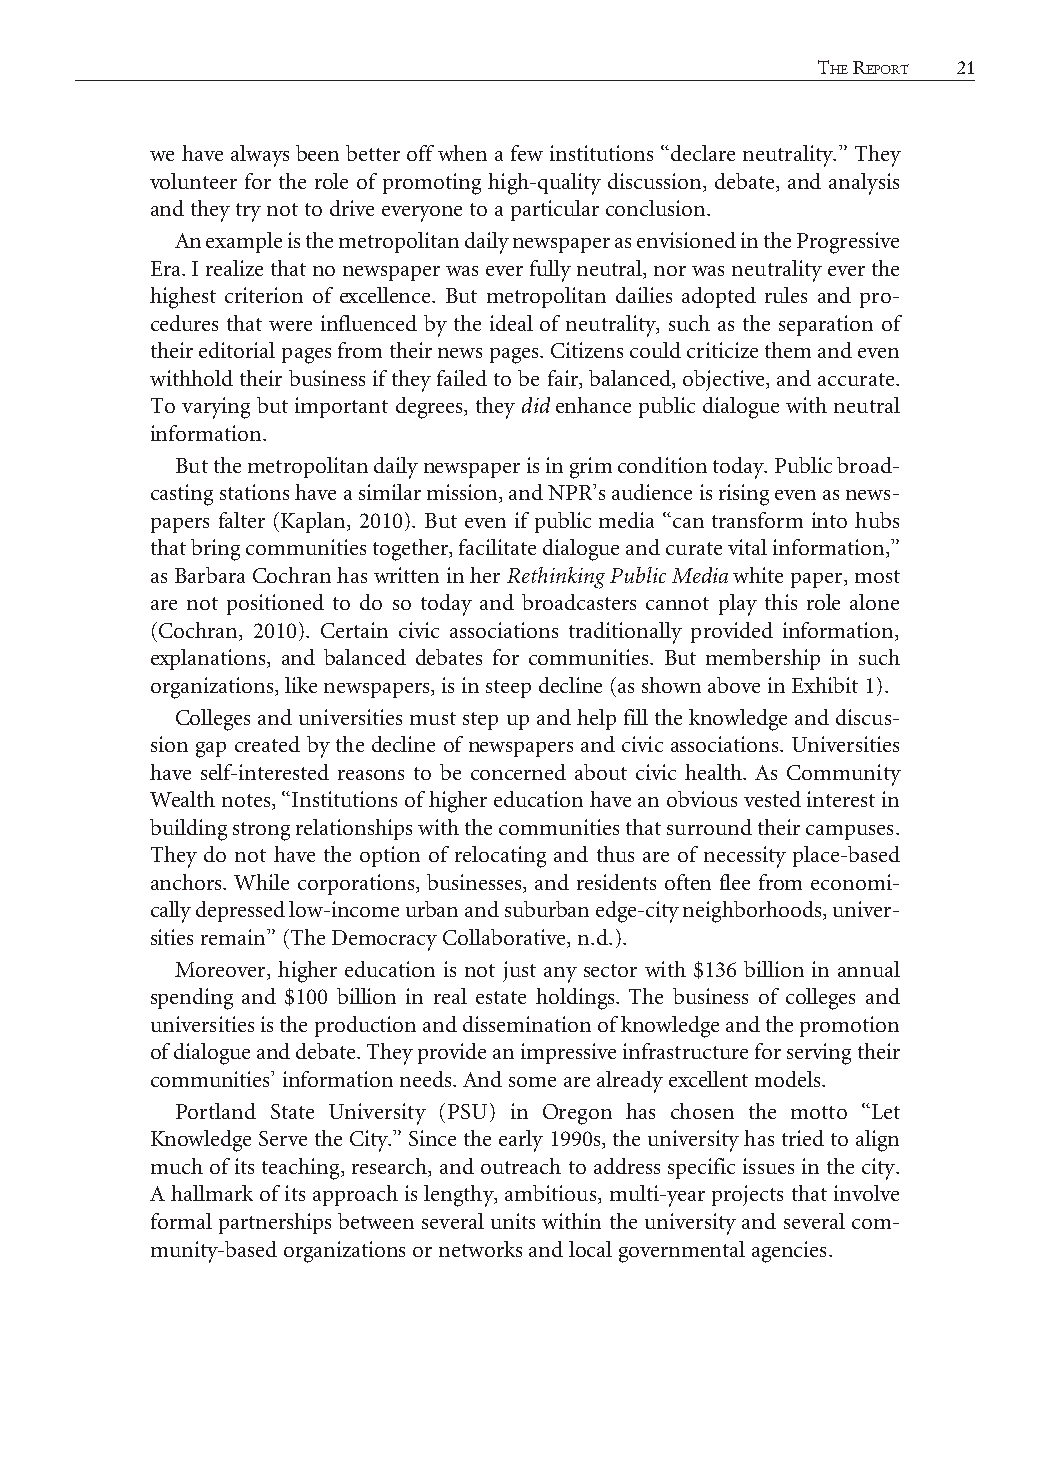
20 CiviC EngagEmEnt and Community information         thE rEport 21
 we have always been better off when a few institutions “declare neutrality.” They
 volunteer for the role of promoting high-quality discussion, debate, and analysis
 and they try not to drive everyone to a particular conclusion.
 An example is the metropolitan daily newspaper as envisioned in the Progressive
 Era. I realize that no newspaper was ever fully neutral, nor was neutrality ever the
 highest criterion of excellence. But metropolitan dailies adopted rules and pro-
 cedures that were influenced by the ideal of neutrality, such as the separation of
 their editorial pages from their news pages. Citizens could criticize them and even
 withhold their business if they failed to be fair, balanced, objective, and accurate.
 To varying but important degrees, they did enhance public dialogue with neutral
 information.
 But the metropolitan daily newspaper is in grim condition today. Public broad-
 casting stations have a similar mission, and NPR’s audience is rising even as news-
 papers falter (Kaplan, 2010). But even if public media “can transform into hubs
 that bring communities together, facilitate dialogue and curate vital information,”
 as Barbara Cochran has written in her Rethinking Public Media white paper, most
 are not positioned to do so today and broadcasters cannot play this role alone
 (Cochran, 2010). Certain civic associations traditionally provided information,
 explanations, and balanced debates for communities. But membership in such
 organizations, like newspapers, is in steep decline (as shown above in Exhibit 1).
 Colleges and universities must step up and help fill the knowledge and discus-
 sion gap created by the decline of newspapers and civic associations. Universities
 have self-interested reasons to be concerned about civic health. As Community
 Wealth notes, “Institutions of higher education have an obvious vested interest in
 building strong relationships with the communities that surround their campuses.
 They do not have the option of relocating and thus are of necessity place-based
 anchors. While corporations, businesses, and residents often flee from economi-
 cally depressed low-income urban and suburban edge-city neighborhoods, univer-
 sities remain” (The Democracy Collaborative, n.d.).
 Moreover, higher education is not just any sector with $136 billion in annual
 spending and $100 billion in real estate holdings. The business of colleges and
 universities is the production and dissemination of knowledge and the promotion
 of dialogue and debate. They provide an impressive infrastructure for serving their
 communities’ information needs. And some are already excellent models.
 Portland State University (PSU) in Oregon has chosen the motto “Let
 Knowledge Serve the City.” Since the early 1990s, the university has tried to align
 much of its teaching, research, and outreach to address specific issues in the city.
 A hallmark of its approach is lengthy, ambitious, multi-year projects that involve
 formal partnerships between several units within the university and several com-
 munity-based organizations or networks and local governmental agencies.